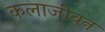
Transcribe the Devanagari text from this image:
कलाजीवन